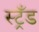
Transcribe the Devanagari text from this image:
स्ट्रँड